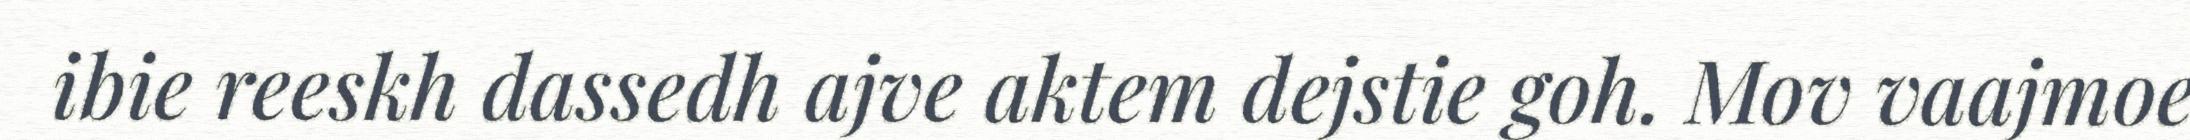
ibie reeskh dassedh ajve aktem dejstie goh. Mov vaajmoe